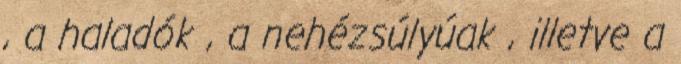
, a haladók , a nehézsúlyúak , illetve a